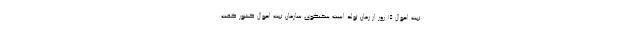
ثبت احوال ۱۵ روز از زمان تولد است سخنگوی سازمان ثبت احوال کشور گفت: